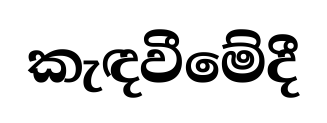
කැඳවීමේදී